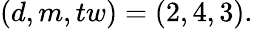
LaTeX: (d,m,tw)=(2,4,3).